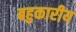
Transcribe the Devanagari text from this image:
बहुकारीय